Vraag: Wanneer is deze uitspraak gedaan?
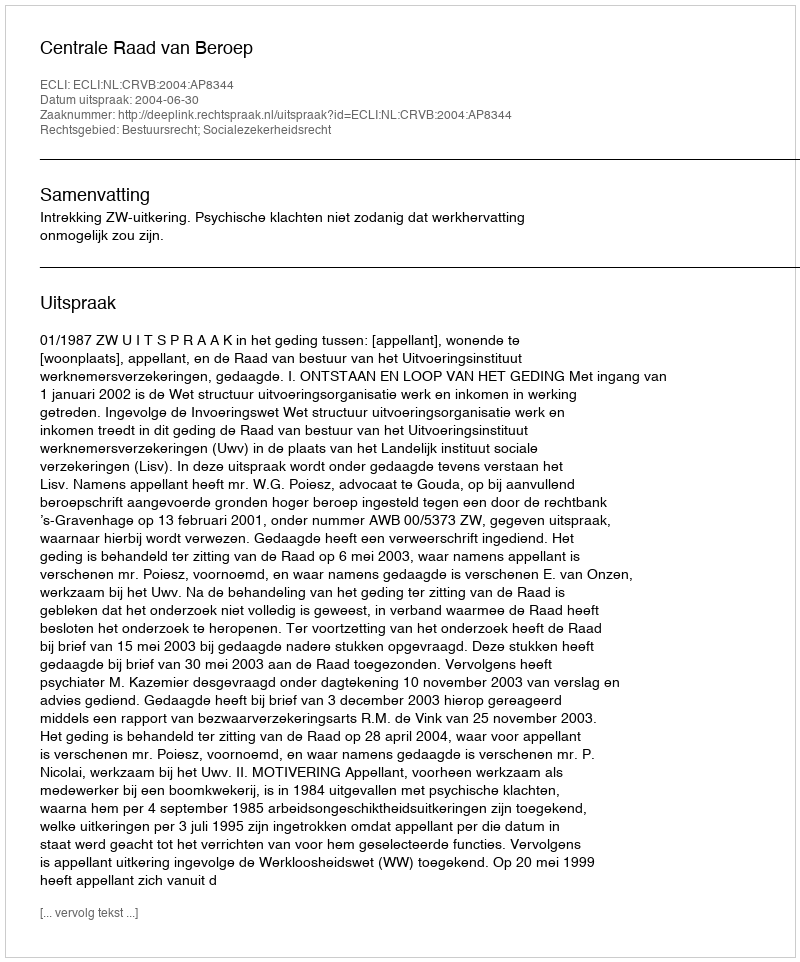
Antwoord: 2004-06-30